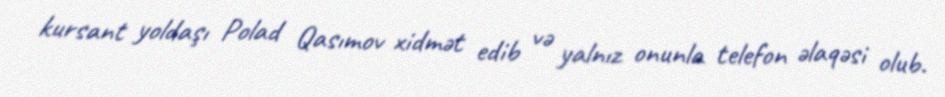
kursant yoldaşı Polad Qasımov xidmət edib və yalnız onunla telefon əlaqəsi olub.